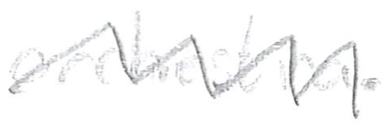
Text: orchestra.
Cross-out: zig-zag
Writing tool: pencil